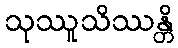
သုဿူသိဿန္တိ